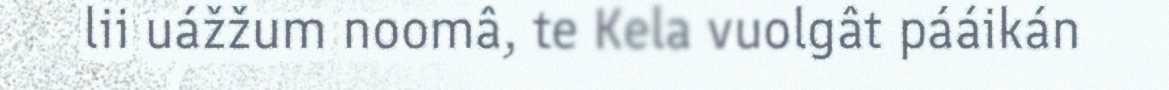
lii uážžum noomâ, te Kela vuolgât pááikán